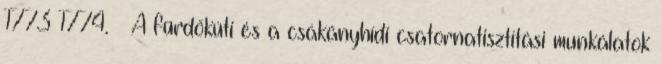
1773–1774. – A fürdőkúti és a csákányhídi csatornatisztítási munkálatok